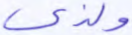
ولذي